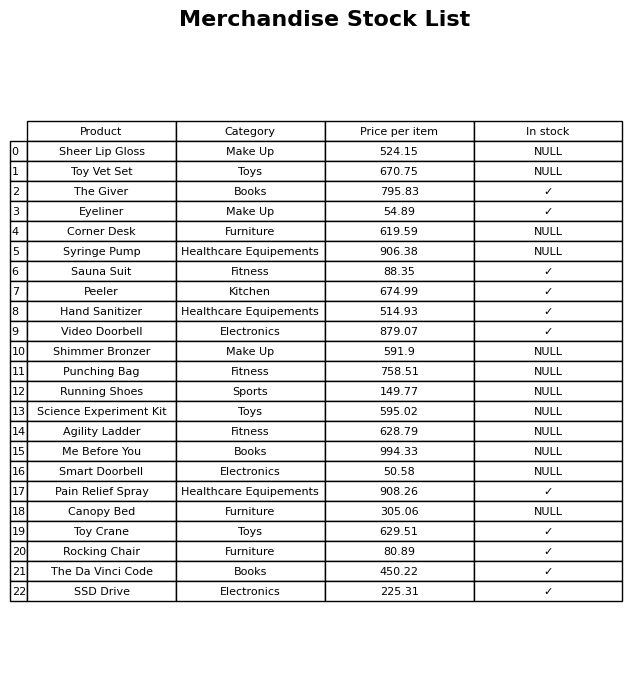
question: What is the stock status of the Toy Crane?
answer: ✓